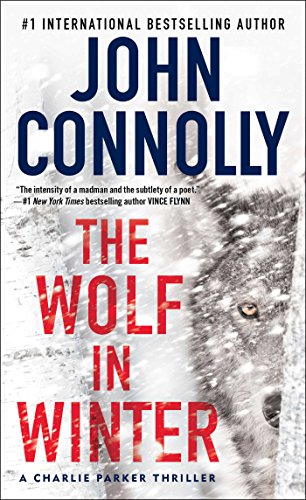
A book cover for The Wolf in Winter: A Charlie Parker Thriller; John Connolly; Mystery, Thriller & Suspense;